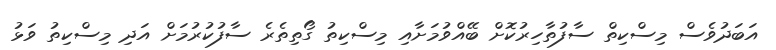
އަބަދުވެސް މިސްކިތް ސާފުތާހިރުކޮށް ބޭއްވުމަށާއި މިސްކިތު ގޯތިތެރެ ސާފުކުރުމަށް އަދި މިސްކިތު ވަޅު